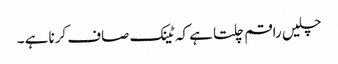
چلیں راقم چلتا ہے کہ ٹینک صاف کرنا ہے ۔